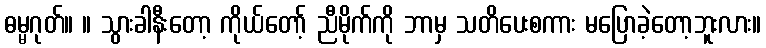
ဓမ္မဂုတ်။ ။ သွားခါနီးတော့ ကိုယ်တော့် ညီမိုက်ကို ဘာမှ သတိပေးစကား မပြောခဲ့တော့ဘူးလား။